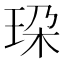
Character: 𰡼